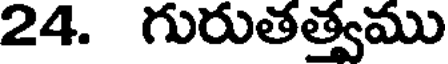
24. గురుతత్వము